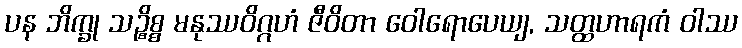
ပန ဘိက္ခု သဉ္စိစ္စ မနုဿဝိဂ္ဂဟံ ဇီဝိတာ ဝေါရောပေယျ, သတ္ထဟာရကံ ဝါဿ